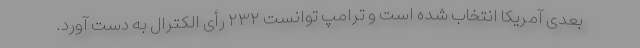
بعدی آمریکا انتخاب شده است و ترامپ توانست ۲۳۲ رأی الکترال به دست آورد.